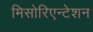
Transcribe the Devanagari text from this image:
मिसोरिएन्टेशन